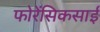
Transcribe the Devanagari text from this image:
फोरेंसिकसाई